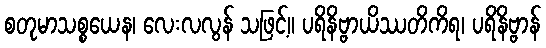
စတုမာသစ္စယေန၊ လေးလလွန် သဖြင့်။ ပရိနိဗ္ဗာယိဿတိကိရ၊ ပရိနိဗ္ဗာန်